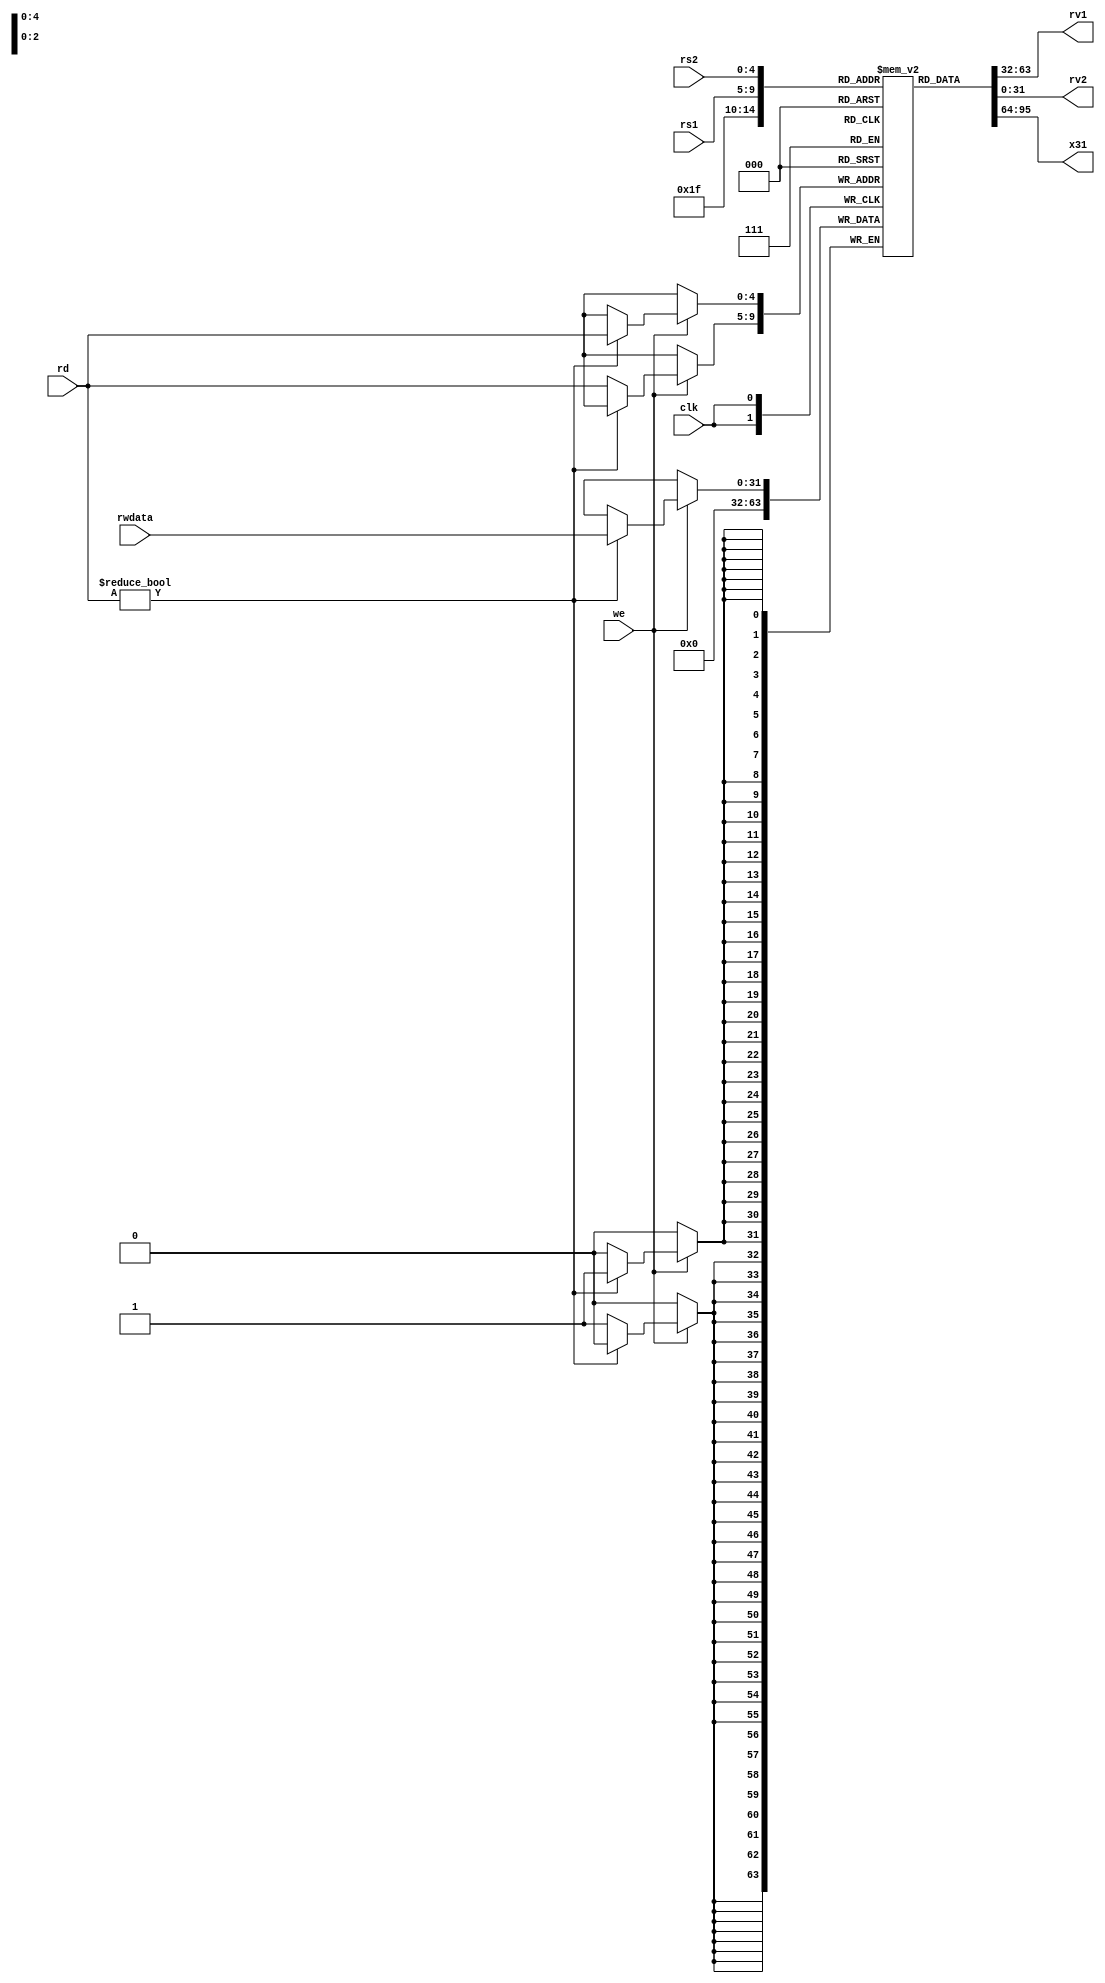
module RF (
    input wire [4:0] rs1,rs2,rd,
    input wire we,
    input clk,
    input wire [31:0] rwdata,
    output wire [31:0] rv1,rv2,x31
);
    reg[31:0] rf_mem [0:31];
        
    integer i;
    initial begin
    for(i=0;i<32;i=i+1)
        rf_mem[i] = 0;
    end 
    
    assign x31 = rf_mem[5'b11111];
    assign rv1 = rf_mem[rs1];
    assign rv2 = rf_mem[rs2];
    /*
    always @(rs1 or rs2) begin
        x31 <= m[31];
        rv1 <= m[rs1];
        rv2 <= m[rs2];
    end
    */
     
    always @(posedge clk) begin
        //if((we==1) && (rd!=0))
          //    m[rd] <= rwdata;
          // end
        if (we==1) begin
            if(rd)
                rf_mem[rd]<=rwdata;
            else
                rf_mem[rd]<=0;
        end
    end

endmodule